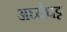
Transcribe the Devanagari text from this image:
अर्घ्यपट्ट